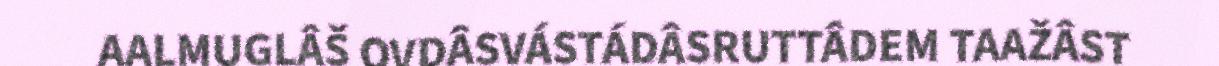
AALMUGLÂŠ OVDÂSVÁSTÁDÂSRUTTÂDEM TAAŽÂST